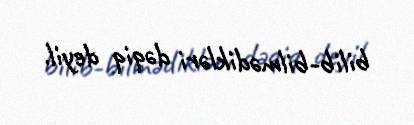
bilib-bilmədikləri dəqiq deyil.